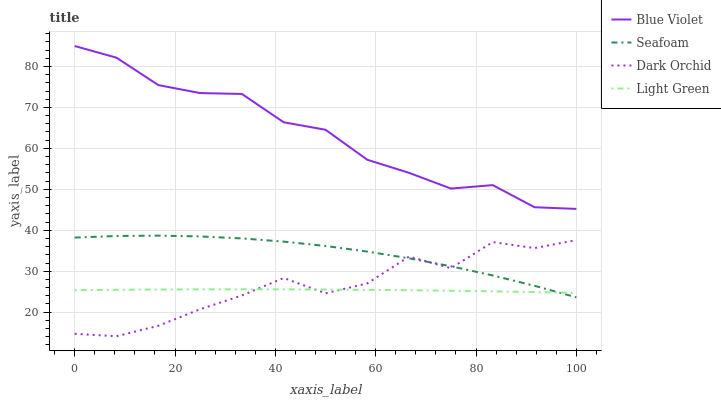
| xaxis_label | Blue Violet | Seafoam | Dark Orchid | Light Green |
 | --- | --- | --- | --- | --- |
 | 0 | 85 | 38.2 | 14.7 | 25.4 |
 | 8.33 | 82.2 | 38.6 | 14.1 | 25.5 |
 | 16.7 | 75.5 | 38.7 | 16.7 | 25.5 |
 | 25 | 73.5 | 38.5 | 20.7 | 25.6 |
 | 33.3 | 73.3 | 38 | 24.1 | 25.6 |
 | 41.7 | 66.4 | 37.2 | 28.3 | 25.6 |
 | 50 | 64.5 | 36.2 | 24.6 | 25.5 |
 | 58.3 | 57.2 | 34.8 | 27 | 25.5 |
 | 66.7 | 54 | 33.1 | 33.6 | 25.4 |
 | 75 | 50.2 | 31.2 | 30.7 | 25.2 |
 | 83.3 | 51 | 29 | 37.1 | 25.1 |
 | 91.7 | 45.6 | 26.4 | 35.6 | 24.9 |
 | 100 | 45.2 | 23.6 | 37.6 | 24.7 |